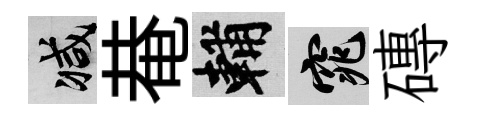
减𤲅輔窕磚